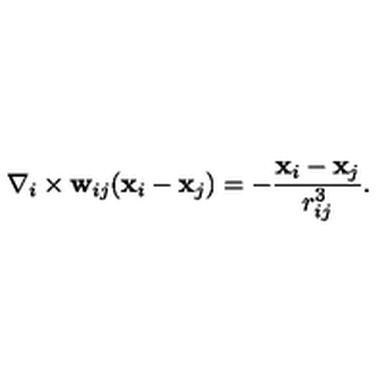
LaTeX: { \bf \nabla } _ { i } \times { \bf w } _ { i j } ( { \bf x } _ { i } - { \bf x } _ { j } ) = - \frac { { \bf x } _ { i } - { \bf x } _ { j } } { r _ { i j } ^ { 3 } } .